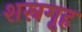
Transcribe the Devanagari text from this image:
शस्रगृह